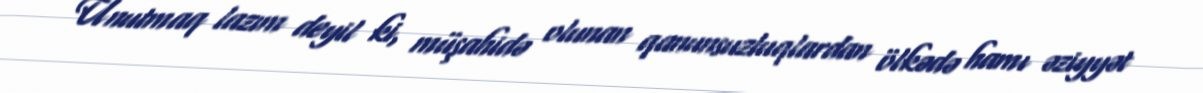
Unutmaq lazım deyil ki, müşahidə olunan qanunsuzluqlardan ölkədə hamı əziyyət